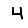
Digit: 4